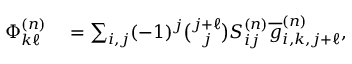
\begin{array} { r l } { \Phi _ { k \ell } ^ { ( n ) } } & { { } = \sum _ { i , j } ( - 1 ) ^ { j } \binom { j + \ell } { j } S _ { i j } ^ { ( n ) } \overline { { g } } _ { i , k , j + \ell } ^ { ( n ) } , } \end{array}